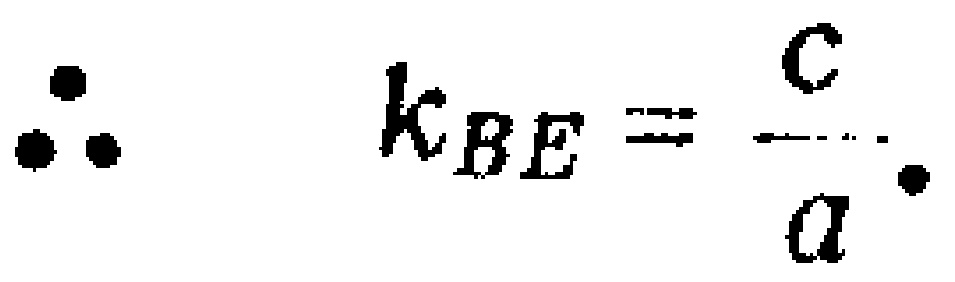
\(\therefore k_{BE}=\frac{c}{a}.\)